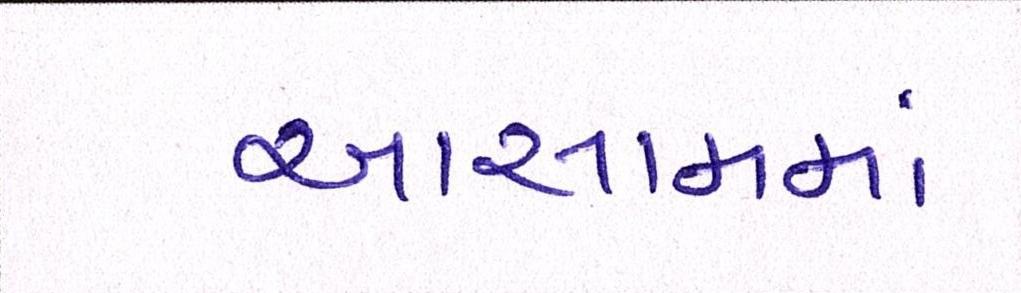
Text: આસામમાં